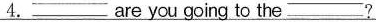
4.___ are you going to the ___?